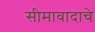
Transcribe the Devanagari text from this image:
सीमावादाचे